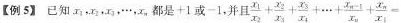
【例s】已知x_{1},x_{2},x_{3}...，都是+1或-1并且$$\frac{x_{1}}{x_{2}} + \frac{x_{2}}{x_{3}} + \frac{x_{3}}{x_{4}} + ... + \frac{x_{n-1}}{x_{n}} + \frac{x_{n}}{x_{1}} =$$